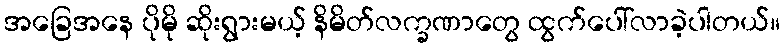
အခြေအနေ ပိုမို ဆိုးရွားမယ့် နိမိတ်လက္ခဏာတွေ ထွက်ပေါ်လာခဲ့ပါတယ်။